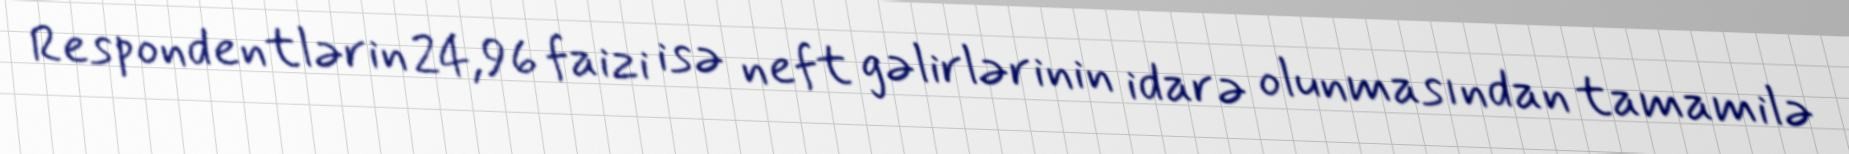
Respondentlərin 24,96 faizi isə neft gəlirlərinin idarə olunmasından tamamilə